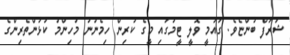
ޝަރަފް ބުންޏެވެ. ގައުމީ ވޮލީ ޓީމުގައި މީގެ ކުރިން ހިމެނުނު މުހިންމު ކުޅުންތެރިންގެ